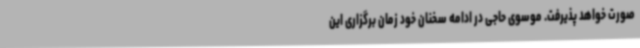
صورت خواهد پذیرفت. موسوی حاجی در ادامه سخنان خود زمان برگزاری این